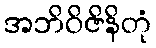
အဘိဝိဇိနိတုံ